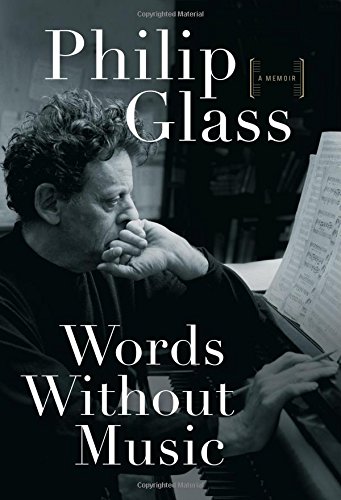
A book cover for Words Without Music: A Memoir; Philip Glass; Biographies & Memoirs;